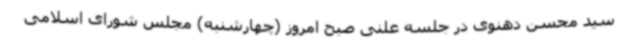
سید محسن دهنوی در جلسه علنی صبح امروز (چهارشنبه) مجلس شورای اسلامی